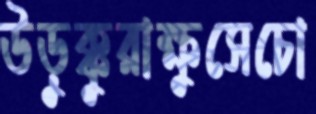
উড়ুক্কুরাক্ষুসেচো